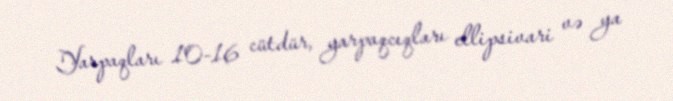
Yarpaqları 10-16 cütdür, yarpaqcıqları ellipsivari və ya